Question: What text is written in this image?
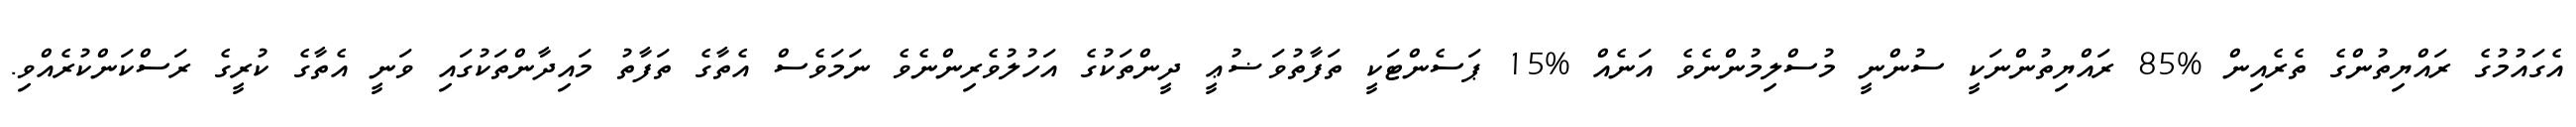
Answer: އެގައުމުގެ ރައްޔިތުންގެ ތެރެއިން %85 ރައްޔިތުންނަކީ ސުންނީ މުސްލިމުންނެވެ އަނެއް %15 ޕަސެންޓަކީ ތަފާތުވަޟުޢީ ދީންތަކުގެ އަހުލުވެރިންނެވެ ނަމަވެސް އެތާގެ ތަފާތު މައިދާންތަކުގައި ވަނީ އެތާގެ ކުރީގެ ރަސްކަންކުރެއްވި.